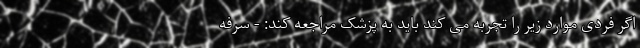
اگر فردی موارد زیر را تجربه می کند باید به پزشک مراجعه کند: - سرفه